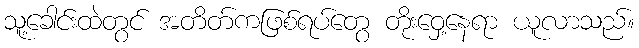
သူ့ခေါင်းထဲတွင် အတိတ်ကဖြစ်ရပ်တွေ တိုးဝှေ့နေရာ ယူလာသည်။